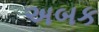
અબક